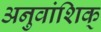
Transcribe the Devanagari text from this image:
अनुवांशिक्